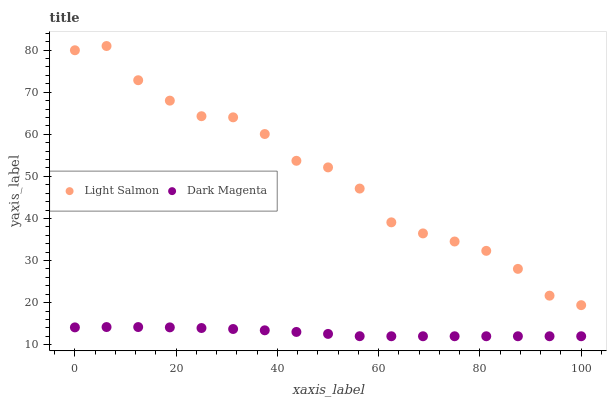
| xaxis_label | Light Salmon | Dark Magenta |
 | --- | --- | --- |
 | 0 | 80 | 14.1 |
 | 6.25 | 81 | 14.2 |
 | 12.5 | 72.8 | 14.2 |
 | 18.8 | 68 | 14.1 |
 | 25 | 64.3 | 14 |
 | 31.2 | 64 | 13.7 |
 | 37.5 | 60.1 | 13.4 |
 | 43.8 | 53.7 | 13 |
 | 50 | 52.1 | 12.6 |
 | 56.2 | 47.1 | 12 |
 | 62.5 | 39.1 | 12 |
 | 68.8 | 36.4 | 12 |
 | 75 | 34.5 | 12 |
 | 81.2 | 32.3 | 12 |
 | 87.5 | 28 | 12 |
 | 93.8 | 21.6 | 12 |
 | 100 | 19.4 | 12 |